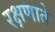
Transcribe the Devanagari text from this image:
रक्षणाते